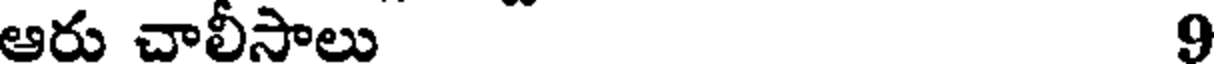
ఆరు చాలీసాలు 9